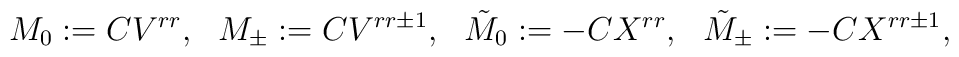
M_0:=CV^{rr},\ \ M_{\pm}:=CV^{rr\pm1},\ \ {\tilde M}_0:=-CX^{rr},\ \ {\tilde M}_{\pm}:=-CX^{rr\pm1},